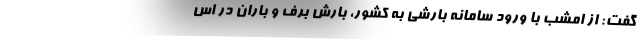
گفت: از امشب با ورود سامانه بارشی به کشور، بارش برف و باران در اس